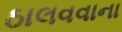
ઠાલવવાના